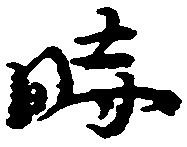
時